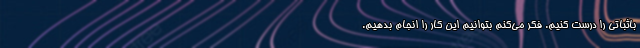
باثباتی را درست کنیم. فکر می‌کنم بتوانیم این کار را انجام بدهیم.